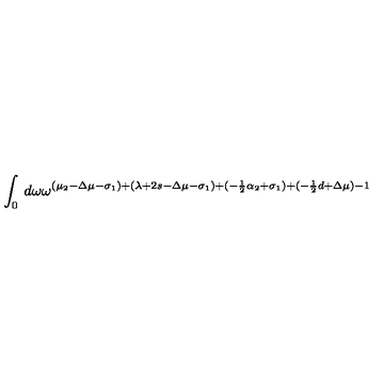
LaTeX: \int _ { 0 } \: d \omega \omega ^ { ( \mu _ { 2 } - \Delta \mu - \sigma _ { 1 } ) + ( \lambda + 2 s - \Delta \mu - \sigma _ { 1 } ) + ( - \frac { 1 } { 2 } \alpha _ { 2 } + \sigma _ { 1 } ) + ( - \frac { 1 } { 2 } d + \Delta \mu ) - 1 }